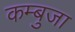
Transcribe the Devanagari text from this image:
कम्बुजा